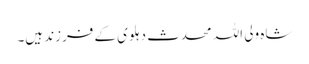
شاہ ولی اللہ محدث دہلوی کے فرزند ہیں۔